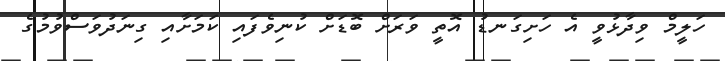
ހަލީމް ވިދާޅުވީ އެ ހަށިގަނޑު އޮތީ ވަރަށް ބޮޑަށް ކުނިވެފައި ކަމަށާއި ގިނަދުވަސްވުމުގެ